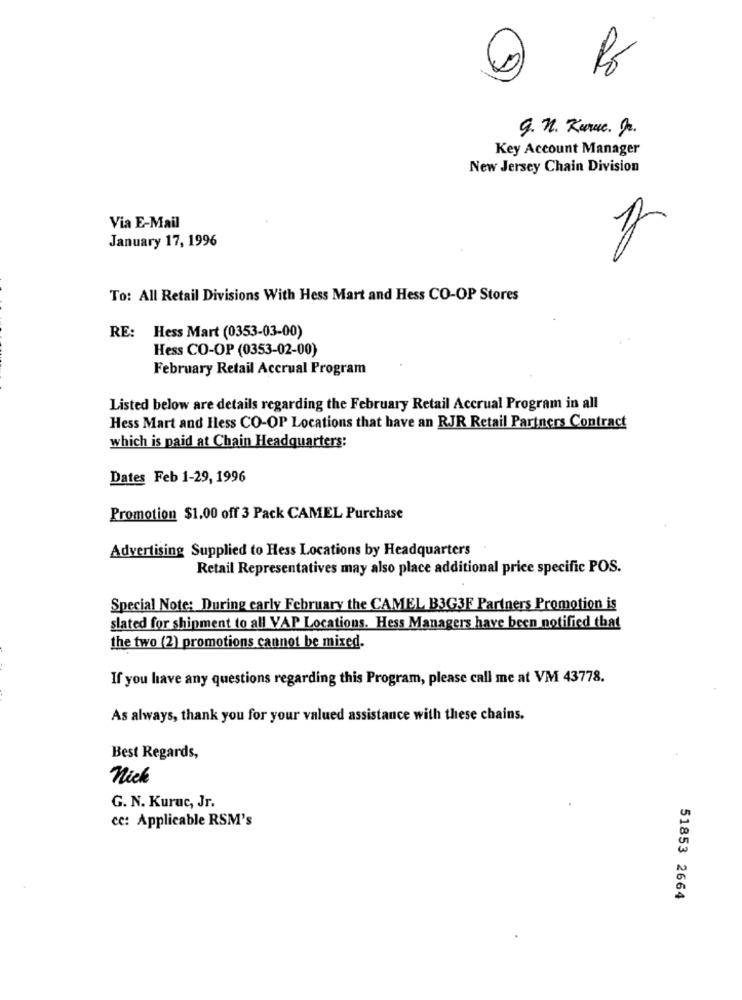
9. n. Kuruc. Dr.
Key Account Manager
New Jersey Chain Division
Via E-Mail
January 17, 1996
do
To: All Retail Divisions With Hess Mart and Hess CO-OP Stores
RE: Hess Mart (0353-03-00)
Hess CO-OP (0353-02-00)
February Retail Accrual Program
Listed below are details regarding the February Retail Accrual Program in all
Hess Mart and Hess CO-OP Locations that have an RJR Retail Partners Contract
which is paid at Chain Headquarters:
Dates Feb 1-29, 1996
Promotion $1.00 off 3 Pack CAMEL Purchase
Advertising Supplied to Hess Locations by Headquarters
Retail Representatives may also place additional price specific POS.
Special Note: During carly February the CAMEL B3G3F Partners Promotion is
slated for shipment to all VAP Locations. Hess Managers have been notified that
the two (2) promotions cannot be mixed.
If you have any questions regarding this Program, please call me at VM 43778.
As always, thank you for your valued assistance with these chains.
Best Regards,
nick
G. N. Kuruc, Jr.
cc: Applicable RSM's
51853 2664